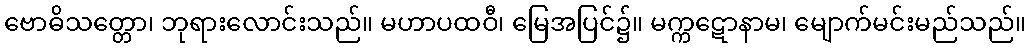
ဗောဓိသတ္တော၊ ဘုရားလောင်းသည်။ မဟာပထဝီ၊ မြေအပြင်၌။ မက္ကဋောနာမ၊ မျောက်မင်းမည်သည်။